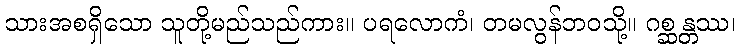
သားအစရှိသော သူတို့မည်သည်ကား။ ပရလောကံ၊ တမလွန်ဘဝသို့။ ဂစ္ဆန္တဿ၊